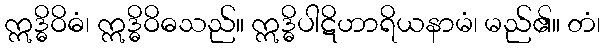
ဣဒ္ဓိဝိဓံ၊ ဣဒ္ဓိဝိဓသည်။ ဣဒ္ဓိပါဋိဟာရိယနာမံ၊ မည်၏။ တံ၊